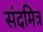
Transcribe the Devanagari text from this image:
संदमित्र